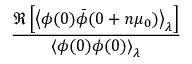
\frac { \Re \left[ \left< \phi ( 0 ) \bar { \phi } ( 0 + n \mu _ { 0 } ) \right> _ { \lambda } \right] } { \left< \phi ( 0 ) \phi ( 0 ) \right> _ { \lambda } }